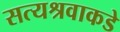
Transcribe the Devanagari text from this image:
सत्यश्रवाकडे